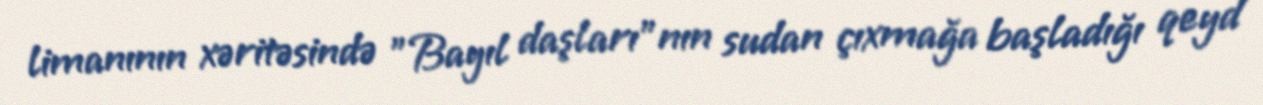
limanının xəritəsində "Bayıl daşları"nın sudan çıxmağa başladığı qeyd